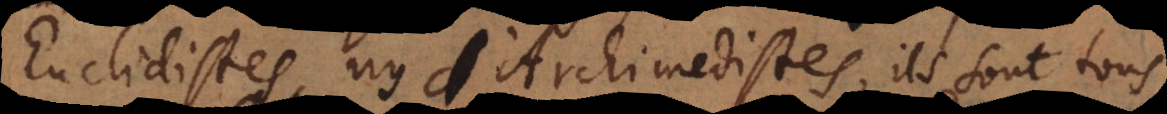
’Euclidistes, ny d’Archimedistes, ils sont tous